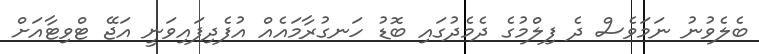
ބެލެވުނު ނަމަވެސް ދެ ފިލްމުގެ ދެމެދުގައި ބޮޑު ހަނގުރާމައެއް އުފެދިފައިވަނީ އަޖޭ ޓްވިޓާއަށް